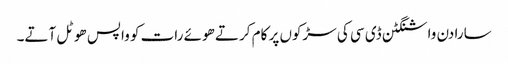
سارا دن واشنگٹن ڈی سی کی سڑکوں پر کام کرتے ھوئے رات کو واپس ھوٹل آتے۔